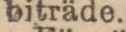
biträde.